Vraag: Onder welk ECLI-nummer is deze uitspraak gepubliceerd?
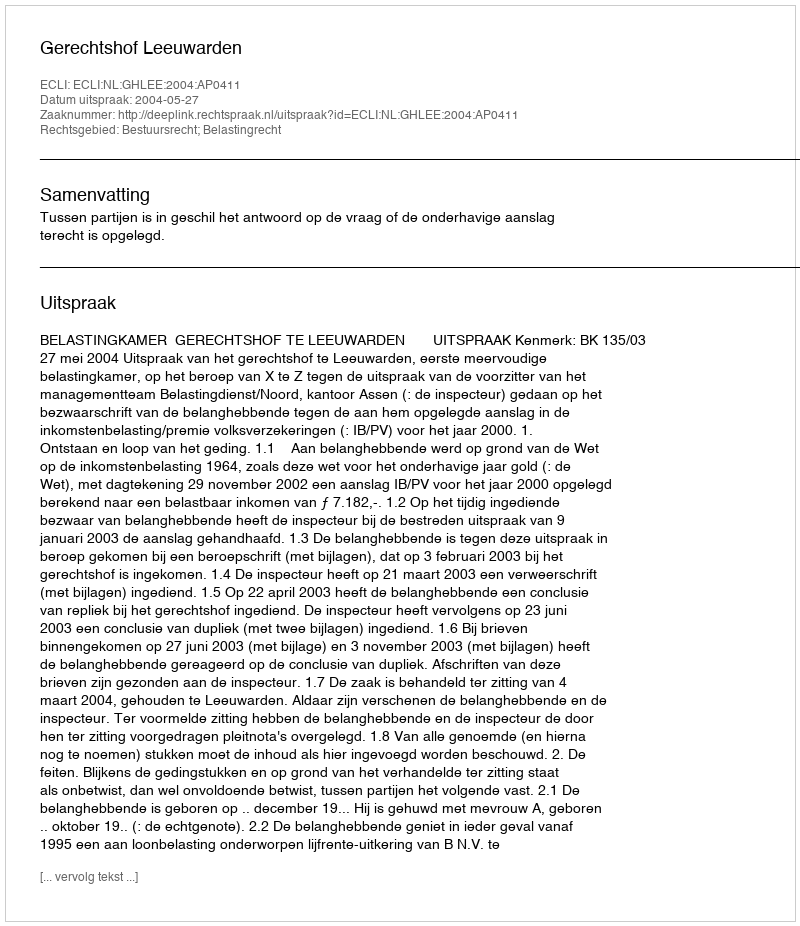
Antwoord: ECLI:NL:GHLEE:2004:AP0411